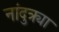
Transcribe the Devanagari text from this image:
नांदुक्र्या